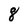
Character: 8